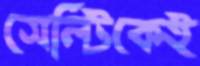
সেল্টিকেই